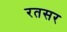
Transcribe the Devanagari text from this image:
रतसर